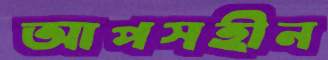
আপসহীন